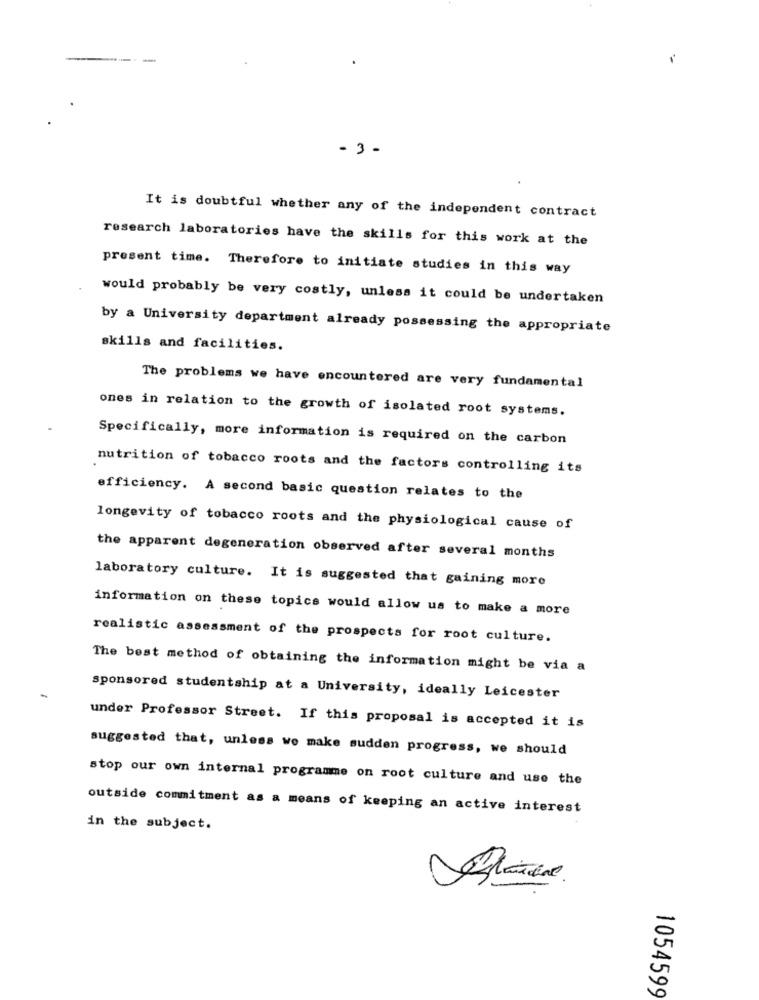
-3 -
It is doubtful whether any of the independent contract
research laboratories have the skills for this work at the
present time. Therefore to initiate studies in this way
would probably be very costly, unless it could be undertaken
by a University department already possessing the appropriate
skills and facilities.
The problems we have encountered are very fundamental
ones in relation to the growth of isolated root systems.
Specifically, more information is required on the carbon
nutrition of tobacco roots and the factors controlling its
efficiency. A second basic question relates to the
longevity of tobacco roots and the physiological cause of
the apparent degeneration observed after several months
laboratory culture. It is suggested that gaining more
information on these topics would allow us to make a more
realistic assessment of the prospects for root culture.
The best method of obtaining the information might be via a
sponsored studentship at a University, ideally Leicester
under Professor Street. If this proposal is accepted it is
suggested that, unless we make sudden progress, we should
stop our own internal programme on root culture and use the
outside commitment as a means of keeping an active interest
in the subject.
1054599